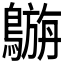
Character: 𪄟